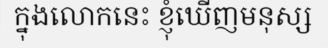
ក្នុងលោកនេះ ខ្ញុំឃើញមនុស្ស